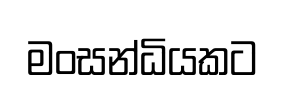
මංසන්ධියකට